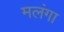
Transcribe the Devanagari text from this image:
मलंगा